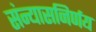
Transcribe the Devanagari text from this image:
संन्यासनिर्णय